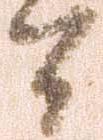
間